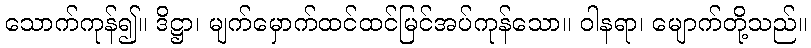
သောက်ကုန်၍။ ဒိဋ္ဌာ၊ မျက်မှောက်ထင်ထင်မြင်အပ်ကုန်သော။ ဝါနရာ၊ မျောက်တို့သည်။